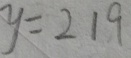
y = 2 1 9